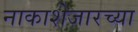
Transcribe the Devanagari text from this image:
नाकाशेजारच्या